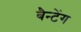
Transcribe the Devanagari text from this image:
बैन्टेंग